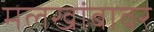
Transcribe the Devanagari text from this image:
मलखांबावर